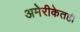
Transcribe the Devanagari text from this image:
अमेरीकेतही